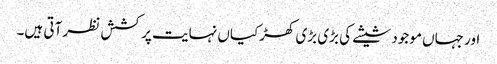
اور جہاں موجود شیشے کی بڑی بڑی کھڑکیاں نہایت پرکشش نظر آتی ہیں۔